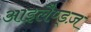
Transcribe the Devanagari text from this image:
आइलैण्ड्ज़